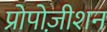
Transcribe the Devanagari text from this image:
प्रोपोज़ीशन